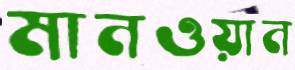
মানওয়ান